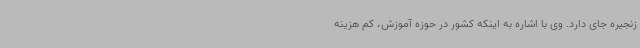
زنجیره جای دارد. وی با اشاره به اینکه کشور در حوزه آموزش، کم هزینه